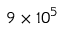
9 \times 1 0 ^ { 5 }